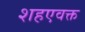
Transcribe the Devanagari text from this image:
शहएवक्त